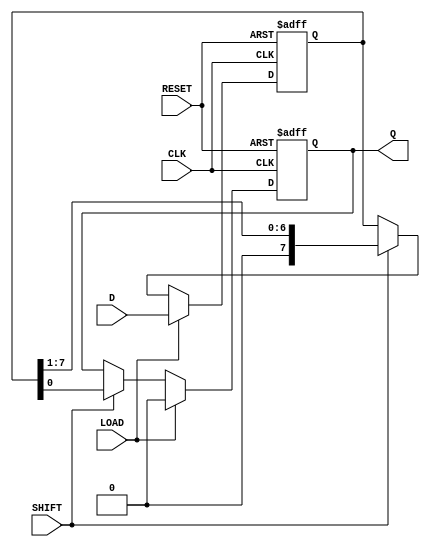
module PISO #(
    parameter n = 8  // Parameter to define the width of the register
) (
    input wire [n-1:0] D,      // Parallel data input
    input wire LOAD,            // Load enable signal
    input wire SHIFT,           // Shift enable signal
    input wire CLK,             // Clock signal
    input wire RESET,           // Asynchronous reset signal
    output reg Q               // Serial output
);

    reg [n-1:0] REG;           // Storage register

    always @(posedge CLK or posedge RESET) begin
        if (RESET) begin
            REG <= {n{1'b0}};   // Reset the register to 0
            Q <= 1'b0;          // Reset the serial output
        end else begin
            if (LOAD) begin
                REG <= D;       // Load parallel data into the register
                Q <= 1'b0;      // Reset the serial output when loading
            end else if (SHIFT) begin
                Q <= REG[0];    // Output the LSB to Q
                REG <= REG >> 1; // Shift the register right
            end
        end
    end

endmodule